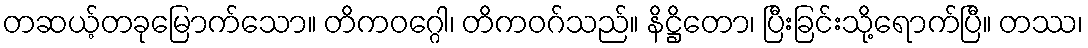
တဆယ့်တခုမြောက်သော။ တိကဝဂ္ဂေါ၊ တိကဝဂ်သည်။ နိဋ္ဌိတော၊ ပြီးခြင်းသို့ရောက်ပြီ။ တဿ၊